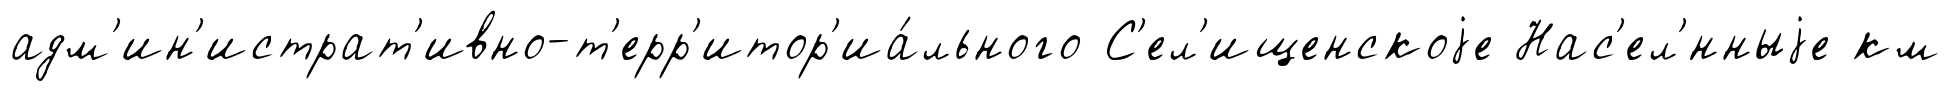
адм'ин'истрат'ивно-т'ерр'итор'иа́льного С'ел'ищенскоjе Нас'ел'́нныjе км